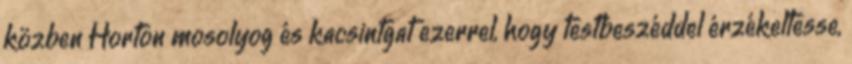
közben Horton mosolyog és kacsintgat ezerrel, hogy testbeszéddel érzékeltesse,